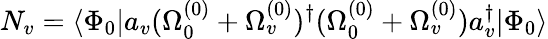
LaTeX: N_{v}=\langle\Phi_{0}|a_{v}(\Omega_{0}^{(0)}+\Omega_{v}^{(0)})^{\dagger}(\Omega_{0}^{(0)}+\Omega_{v}^{(0)})a_{v}^{\dagger}|\Phi_{0}\rangle